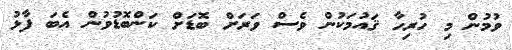
ވުމުން މި ހުރިހާ ޤައުމަކުން ވެސް ވަރަށް ބޮޑަށް ކަންބޮޑުވުން އެބަ ފާޅު